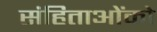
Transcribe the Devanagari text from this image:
संहिताओंको